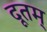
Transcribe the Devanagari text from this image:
दूतम्